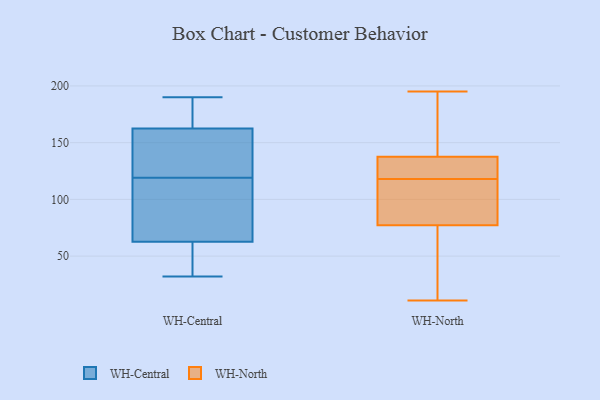
{"axis": {"x": "Page Views", "y": "Value"}, "legend": ["WH-Central", "WH-North"], "data": [{"x": "", "y": 32, "type": "WH-Central"}, {"x": "", "y": 119, "type": "WH-Central"}, {"x": "", "y": 38, "type": "WH-Central"}, {"x": "", "y": 190, "type": "WH-Central"}, {"x": "", "y": 150, "type": "WH-Central"}, {"x": "", "y": 168, "type": "WH-Central"}, {"x": "", "y": 85, "type": "WH-Central"}, {"x": "", "y": 68, "type": "WH-Central"}, {"x": "", "y": 152, "type": "WH-Central"}, {"x": "", "y": 166, "type": "WH-Central"}, {"x": "", "y": 61, "type": "WH-Central"}, {"x": "", "y": 86, "type": "WH-North"}, {"x": "", "y": 118, "type": "WH-North"}, {"x": "", "y": 126, "type": "WH-North"}, {"x": "", "y": 32, "type": "WH-North"}, {"x": "", "y": 195, "type": "WH-North"}, {"x": "", "y": 126, "type": "WH-North"}, {"x": "", "y": 97, "type": "WH-North"}, {"x": "", "y": 124, "type": "WH-North"}, {"x": "", "y": 192, "type": "WH-North"}, {"x": "", "y": 166, "type": "WH-North"}, {"x": "", "y": 136, "type": "WH-North"}, {"x": "", "y": 72, "type": "WH-North"}, {"x": "", "y": 11, "type": "WH-North"}, {"x": "", "y": 142, "type": "WH-North"}, {"x": "", "y": 79, "type": "WH-North"}, {"x": "", "y": 14, "type": "WH-North"}, {"x": "", "y": 115, "type": "WH-North"}]}